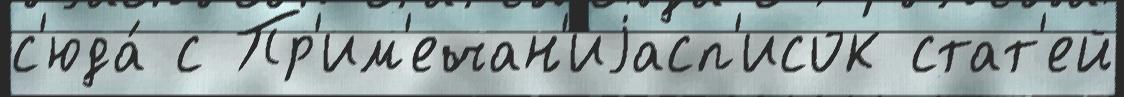
с'юда́ с Пр'им'ечан'иjасп'исок стат'ей